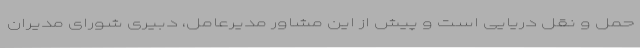
حمل و نقل دریایی است و پیش از این مشاور مدیرعامل، دبیری شورای مدیران